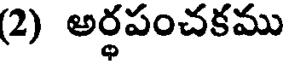
(2) అర్థపంచకము